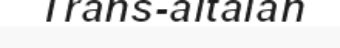
Trans-altaian